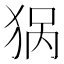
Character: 𰡏